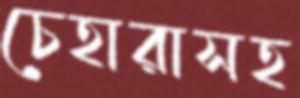
চেহারাসহ